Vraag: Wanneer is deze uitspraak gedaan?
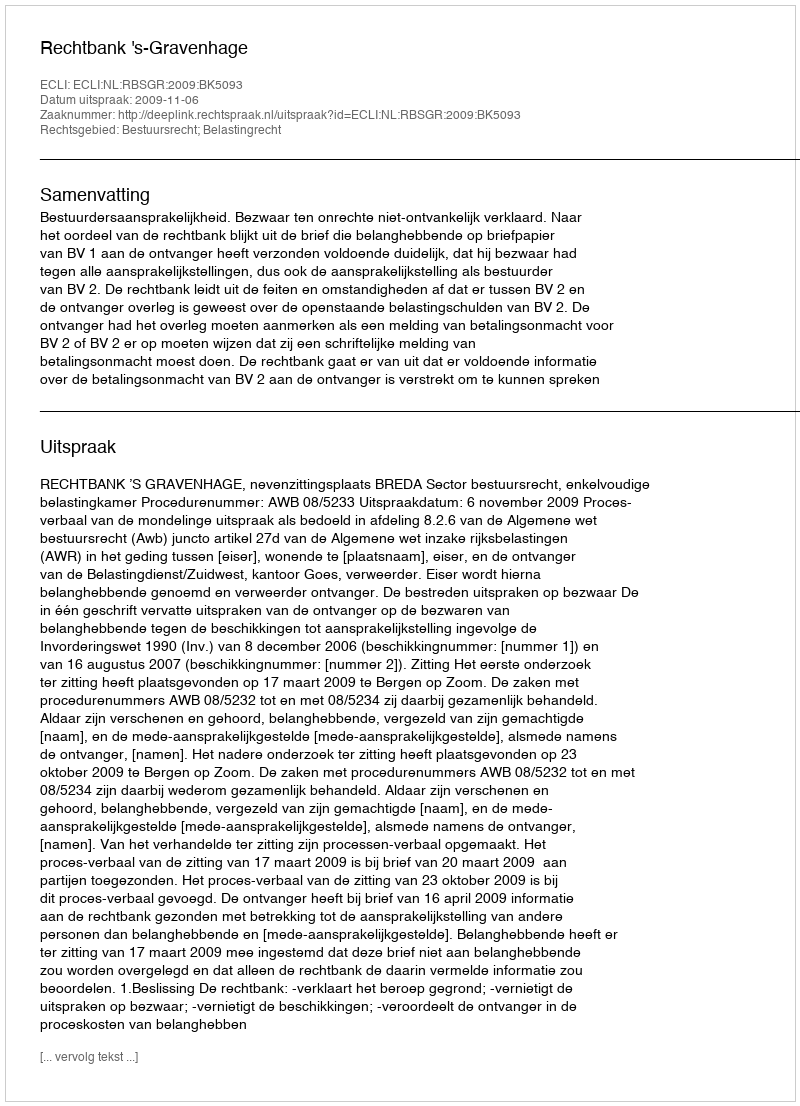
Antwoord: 2009-11-06